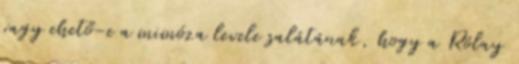
vagy ehető-e a mimóza levele salátának, hogy a Rólay